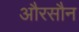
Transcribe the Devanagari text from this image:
औरसौन